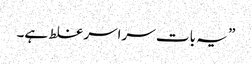
” یہ بات سراسر غلط ہے۔